Cholera in India, 1862 to 1881
Year: 1862
Disease focus: Cholera
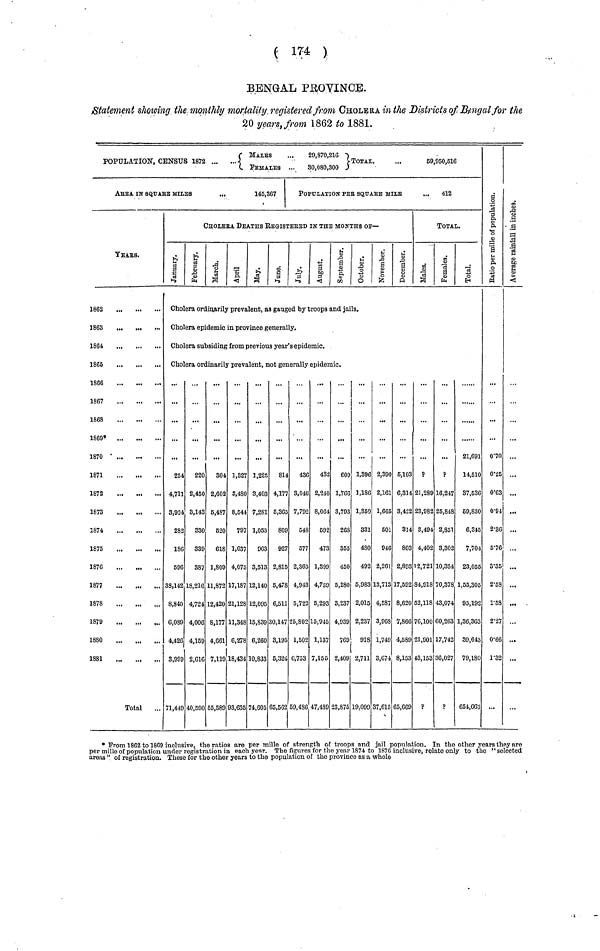
( 174 )
BENGAL PROVINCE.
Statement showing the monthly mortality registered from CHOLERA in the Districts of Bengal for the
20 year, from 1862 to 1881.
MALES
...
29,870,216
POPULATION, CENSUS 1872
TOTAL
...
69,950,516
FEMALES ...
30,080,300
ABBA IN SQuArE
milles
...
145,867
YEArS.
1862
1863
1864
1865
1866
1867
1868
1869*
1870
1871
1872
1873
1874
1875
1876
1877
1878
1879
1880
1881
Total
POPULATION PER SQUArE MILE
...
412
CHOLErA DEATHS REGISTERED IN THE MONTHS OF—
January February March April MayJune July August September Octomber November december
TOTAL.
males Females Total
Cholera ordinarily prevalent, as gauged by troop3 and jails.
Cholera epidemic in province generally.
Cholera subsiding from previous year's epidemic.
Cholera ordinarily prevalent, not generally epidemic.
254
4,711
3,924
282
186
596
38,142
8,840
6,089
4,426
3,999
71,449
220
2,450
3,143
330
339
387
18,216
4,724
4,006
4,169
2,016
40,590
304
2,602
6,487
620
618
1,809
11,872
12,420
8,177
4,661
7,119
55,589
1,327
3,480
8,544
797
1,037
4,075
17,187
21,128
11,348
6,278
18,434
93,635
1.225
3,403
7,281
1,053
963
3,513
12,140
12,095
15,839
6,260
10,833
74,605
814
4,177
5,365
809
927
2,815
5,478
6,511
30,147
3,195
5,324
65,562
•••
436
3,046
7,792
548
677
2,365
4,943
5,722
25,802
1,502
0,733
59,486
432
2,240
8,064
592
473
1,399
4,759
5,293
15,945
1,137
7,155
47,489
609
1,766
3,793
268
355
450
5,280
3,237
4,039
769
2,409
23,875
1,396
1,186
1,350
331
480
492
6,983
2,015
2,237
918
2,711
19,099
2,390
2,161
1,665
601
946
2,261
13,713
4,587
3,968
1,749
3,674
37,615
5,103
6,314
3,422
314
803
2,893
17,592
8,620
7,866
4,589
8,153
65,669
?
21,289
23,982
3,494
4,402
12,721
84,918
52,118
76,100
21,901
43,153
?
...
p
16,247
25,848
2,851
3,302
10,334
70,378
43,074
60,263
17,742
36,027
P
21,691
14,510
37,536
69,830
6,345
7,704
23,055
1,55,305
95,192
1,36,303
89,643
79,180
654,663
ratio per mille of populatio
0·70
0·25
0·63
0·94
2·36
5·76
3·35
2·58
1·58
2·27
0·66
1·32
...
Average Rainfall
in Inchase
...
...
...
...
...
...
...
...
...
...
...
* From 1862 to 1869 inclusive, the ratios are per mille of strength of troops and jail population. In the other years they are
per mille of population under registration in each year. The figures for the year 1874 to 1876 inclusive, relate only to the "selected
areas " of registration. These for the other years to the population of the province as a whole